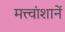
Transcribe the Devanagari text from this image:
मत्त्वांशानें